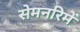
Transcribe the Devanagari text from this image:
सेमनरिमें